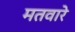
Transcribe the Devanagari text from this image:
मतवारे